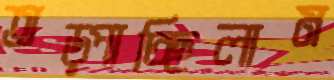
তড়্‌পাচ্ছিলাম